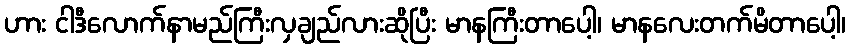
ဟား ငါဒီလောက်နာမည်ကြီးလှချည်လားဆိုပြီး မာနကြီးတာပေါ့၊ မာနလေးတက်မိတာပေါ့၊